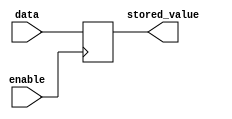
module EnableLatch (
    input data,
    input enable,
    output reg stored_value
);

always @(posedge enable)
begin
    if (enable)
        stored_value <= data;
end

endmodule